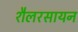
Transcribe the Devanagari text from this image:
शैलरसायन